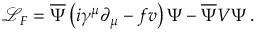
\mathcal { L } _ { F } = \overline { { { \Psi } } } \left( i \gamma ^ { \mu } \partial _ { \mu } - f v \right) \Psi - \overline { { { \Psi } } } V \Psi \, .